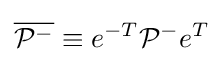
{\overline {{\mathcal {P}}^{-}}}\equiv e^{-T}{\mathcal {P}}^{-}e^{T}